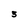
Character: 3